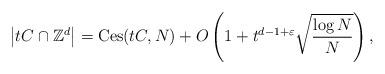
LaTeX: \begin{align*}\left| tC \cap \mathbb{Z}^d \right| = \mathrm{Ces} (tC , N) + O \left( 1+ t^{d-1+\varepsilon } \sqrt{\frac{\log N}{N}} \right) ,\end{align*}